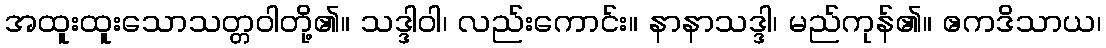
အထူးထူးသောသတ္တဝါတို့၏။ သဒ္ဒါဝါ၊ လည်းကောင်း။ နာနာသဒ္ဒါ၊ မည်ကုန်၏။ ဧကဒိသာယ၊